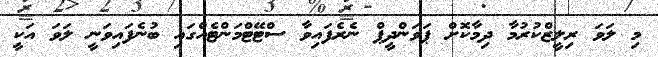
މި ލަވަ ރިލީޒްކުރުމާ ދިމާކޮށް ޕަވަންދީޕް ނެރެފައިވާ ސްޓޭޓްމަންޓެއްގައި ބުނެފައިވަނީ ލަވަ އަކީ